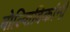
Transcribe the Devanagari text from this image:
बोल्शिविकांनी